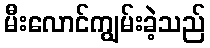
မီးလောင်ကျွမ်းခဲ့သည်